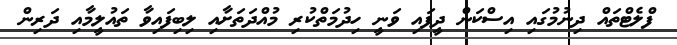
ފްލެޓްތައް ދިނުމުގައި އިސްކަން ދީފައި ވަނީ ހިދުމަތްކުރި މުއްދަތަށާއި ލިބިފައިވާ ތައުލީމާއި ދަރިން